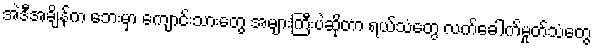
အဲဒီအချိန်က ဘေးမှာ ကျောင်းသားတွေ အများကြီးပဲဆိုတာ ရယ်သံတွေ လက်ခေါက်မှုတ်သံတွေ